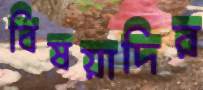
বিষয়াদির